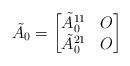
LaTeX: \begin{align*} \tilde{ A_0} = \begin{bmatrix} \tilde{A}_0^{11} & O \\ \tilde{A}_0^{21} & O \end{bmatrix} \end{align*}